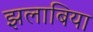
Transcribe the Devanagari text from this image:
झलाबिया